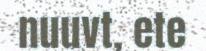
nuuvt, ete